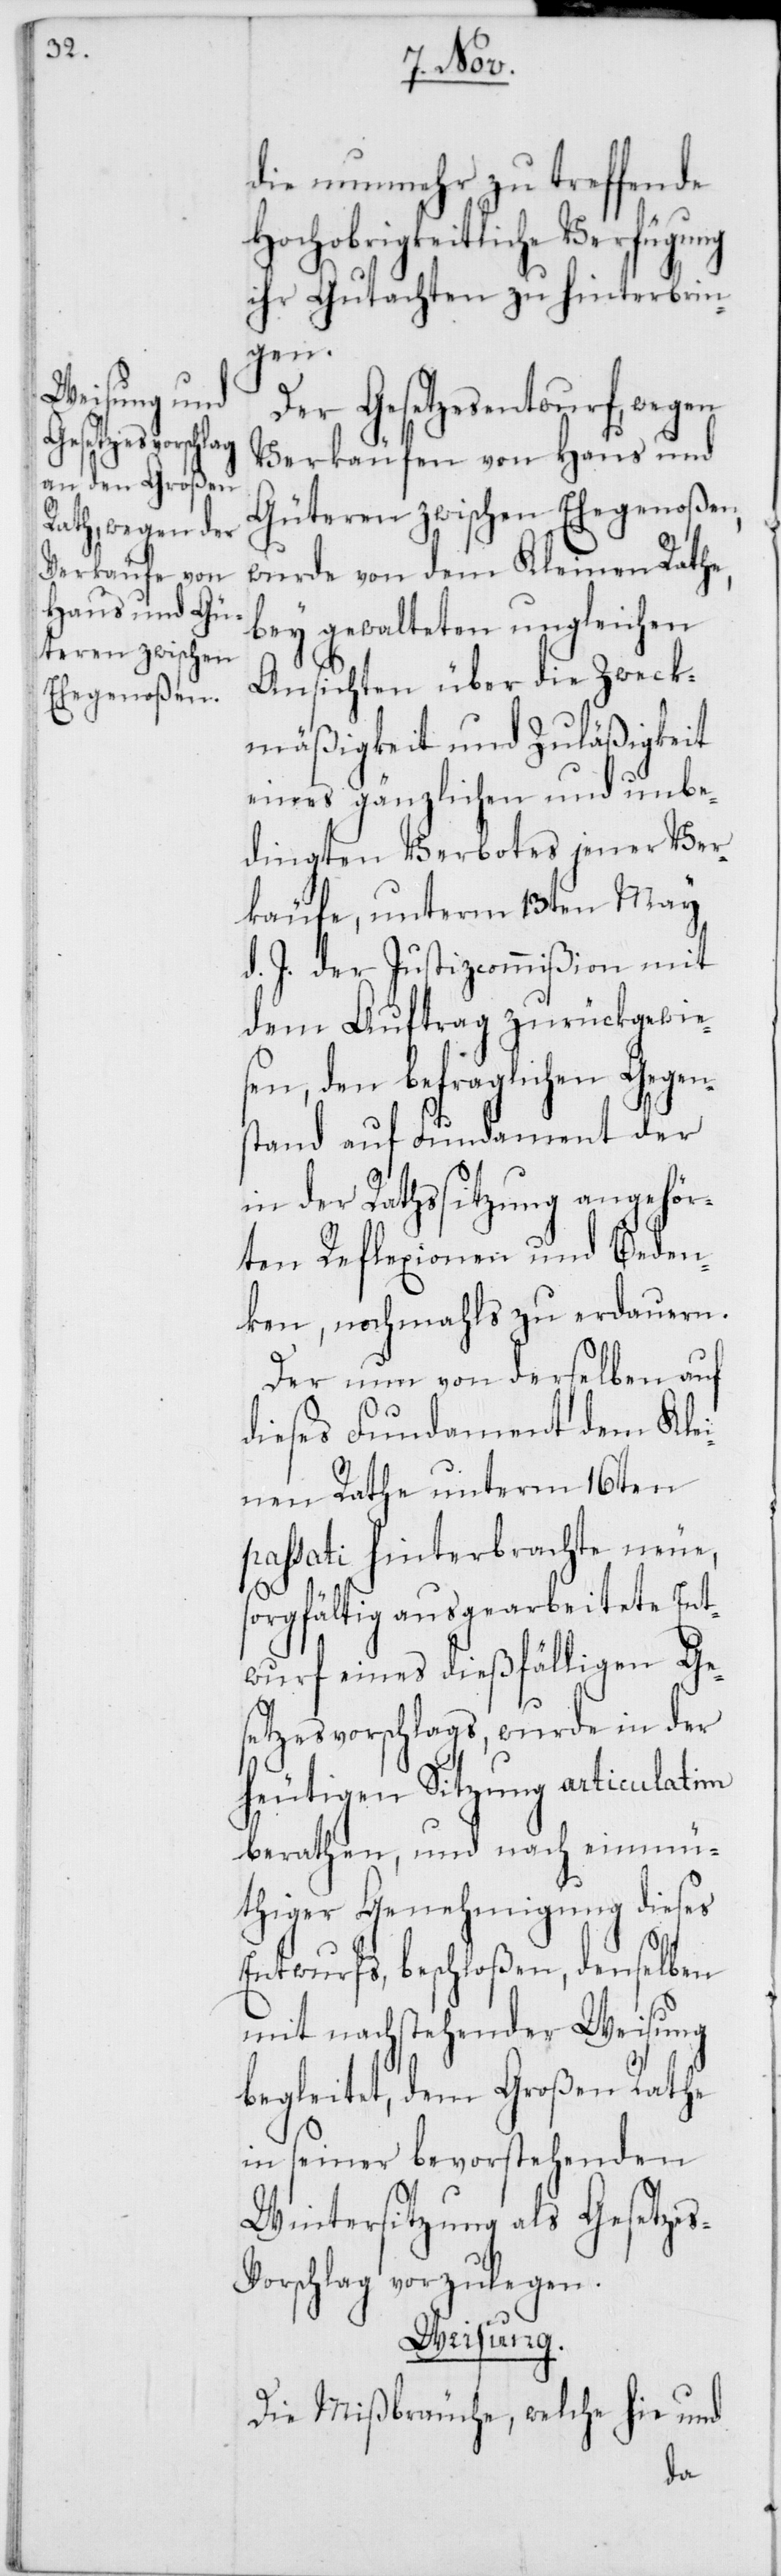
die nunmehr zu treffende
Hochobrigkeitliche Verfügung
ihr Gutachten zu hinterbrin¬
gen.
Der Gesetzesentwurf, wegen
Verkäufen von Haus und
Güteren zwischen Ehegenoßen,
wurde von dem Kleinen Rathe,
bey gewalteten ungleichen
Ansichten über die Zweck¬
mäßigkeit und Zuläßigkeit
eines gänzlichen und unbe¬
dingten Verbotes jener Ver¬
käufe, unterm 13ten May
d. J. der Justizcommißion mit
dem Auftrag zurückgewie¬
sen, den befraglichen Gegens¬
tand auf Fundament der
in der Rathssitzung angehör¬
ten Reflexionen und Beden¬
ken, nochmahls zu erdauern.
Der nun von derselben auf
dieses Fundament dem Klei¬
nen Rathe unterm 16ten
passati hinterbrachte neue,
sorgfältig ausgearbeitete Ent¬
wurf eines dießfälligen Ge¬
setzesvorschlags, wurde in der
heutigen Sitzung articulatim
berathen, und nach einmü¬
thiger Genehmigung dieses
Entwurfs, beschloßen, denselben
mit nachstehender Weisung
begleitet, dem Großen Rathe
in seiner bevorstehenden
Wintersitzung als Gesetzes¬
vorschlag vorzulegen.
Weisung.
Die Mißbräuche, welche hie und